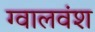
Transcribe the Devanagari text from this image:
ग्वालवंश